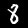
Label: 8